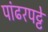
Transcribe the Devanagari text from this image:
पांढरपट्टे